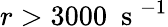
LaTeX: r>3000~\mathrm{~s~}^{-1}